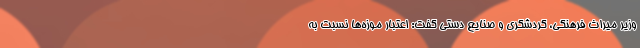
وزیر میراث فرهنگی، گردشگری و صنایع دستی گفت: اعتبار موزه‌ها نسبت به